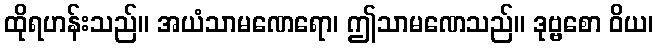
ထိုရဟန်းသည်။ အယံသာမဏေရော၊ ဤသာမဏေသည်။ ဒုဗ္ဗစော ဝိယ၊